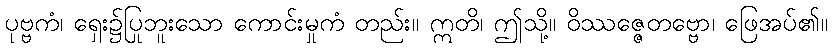
ပုဗ္ဗကံ၊ ရှေး၌ပြုဘူးသော ကောင်းမှုကံ တည်း။ ဣတိ၊ ဤသို့။ ဝိဿဇ္ဇေတဗ္ဗော၊ ဖြေအပ်၏။